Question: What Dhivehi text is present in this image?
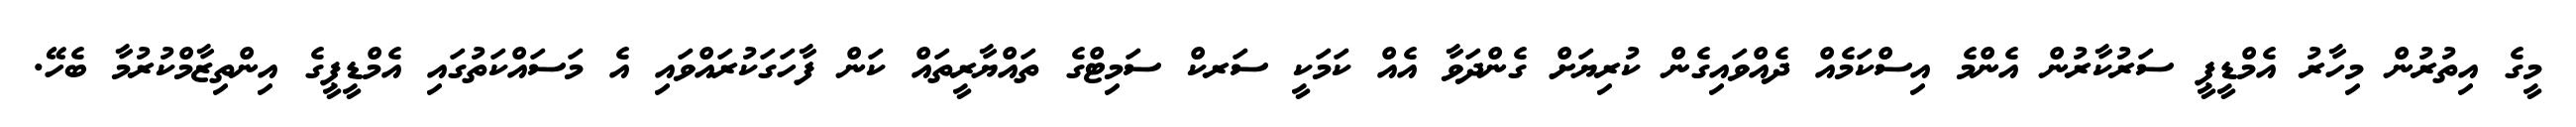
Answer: މީގެ އިތުރުން މިހާރު އެމްޑީޕީ ސަރުކާރުން އެންމެ އިސްކަމެއް ދެއްވައިގެން ކުރިޔަށް ގެންދަވާ އެއް ކަމަކީ ސަރކް ސަމިޓްގެ ތައްޔާރީތައް ކަން ފާހަގަކުރައްވައި އެ މަސައްކަތުގައި އެމްޑީޕީގެ އިންތިޒާމްކުރުމާ ބެހޭ.